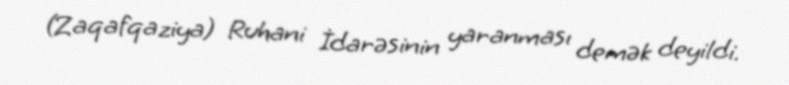
(Zaqafqaziya) Ruhani İdarəsinin yaranması demək deyildi.